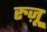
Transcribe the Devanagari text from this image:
रुज़ू